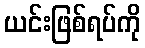
ယင်းဖြစ်ရပ်ကို